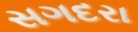
સગદરા